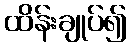
ထိန်းချုပ်၍